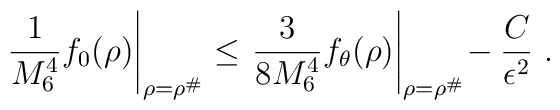
\left.\frac{1}{M_6^4} f_0(\rho)\right|_{\rho=\rho^\#}\leq \left.\frac{3}{8M_6^4} f_\theta(\rho)\right|_{\rho=\rho^\#}\!-\frac{C}{\epsilon^2}\ .